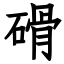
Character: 磆